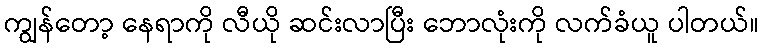
ကျွန်တော့ နေရာကို လီယို ဆင်းလာပြီး ဘောလုံးကို လက်ခံယူ ပါတယ်။